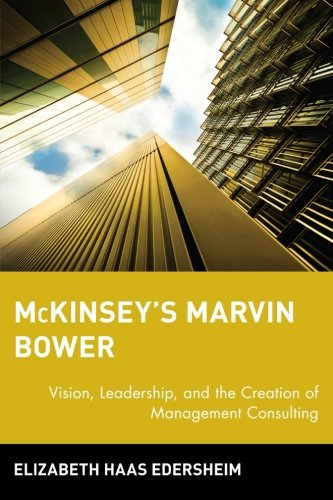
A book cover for McKinsey's Marvin Bower: Vision, Leadership, and the Creation of Management Consulting; Elizabeth Haas Edersheim; Business & Money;